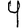
Digit: 4